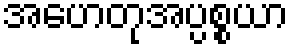
အဟေတုအပ္ပစ္စယာ